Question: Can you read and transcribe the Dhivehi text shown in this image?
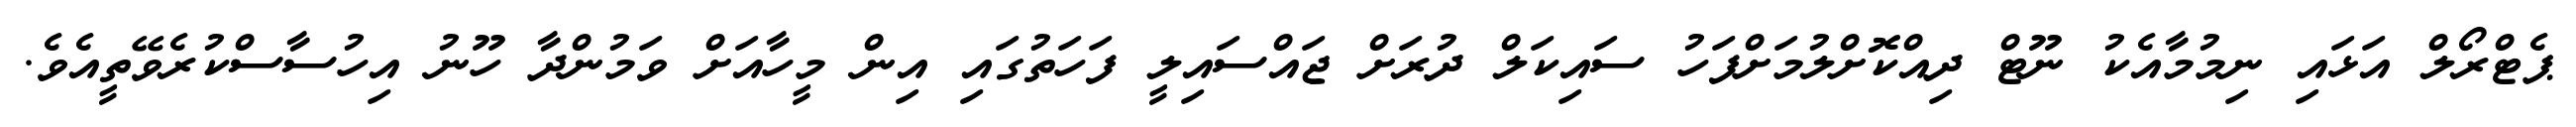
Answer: ޕެޓްރޯލް އަޅައި ނިމުމާއެކު ނޫޓް ދިއްކޮށްލުމަށްފަހު ސައިކަލް ދުރަށް ޖައްސައިލީ ފަހަތުގައި އިން މީހާއަށް ވަމުންދާ ހޫނު އިހުސާސްކުރެވޭތީއެވެ.